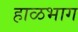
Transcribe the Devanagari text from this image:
हाळभाग